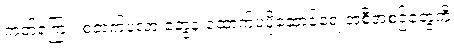
ကတ်ကြေး၊ စတက်ပလာ တွေနဲ့ ထောက်ပံ့ပို့ဆောင်ရေးအစီအစဉ်တွေကို